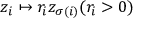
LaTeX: z _ { i } \mapsto r _ { i } z _ { \sigma ( i ) } ( r _ { i } > 0 )